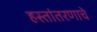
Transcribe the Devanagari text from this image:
हस्तांतरणाचे